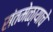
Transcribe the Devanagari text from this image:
संतमेळा्याचे